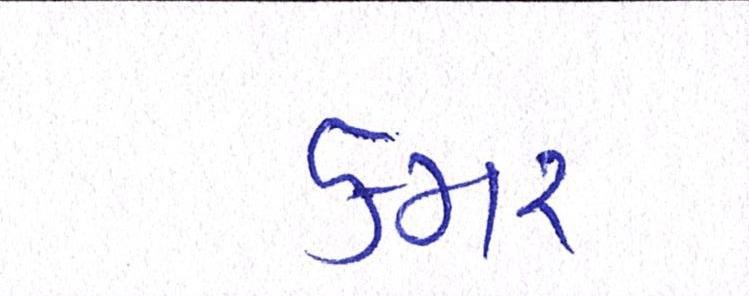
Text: કમર